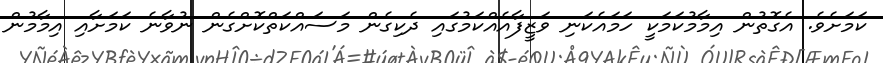
ކަމަށެވެ. އެގޮތުން އިމާމުކަމަކީ ހަމައެކަނި ވަޒީފާއެއްކަމުގައި ދެކިގެން މަސައްކަތްކޮށްގެން ނުވާނެ ކަމަށާއި އިމާމުން